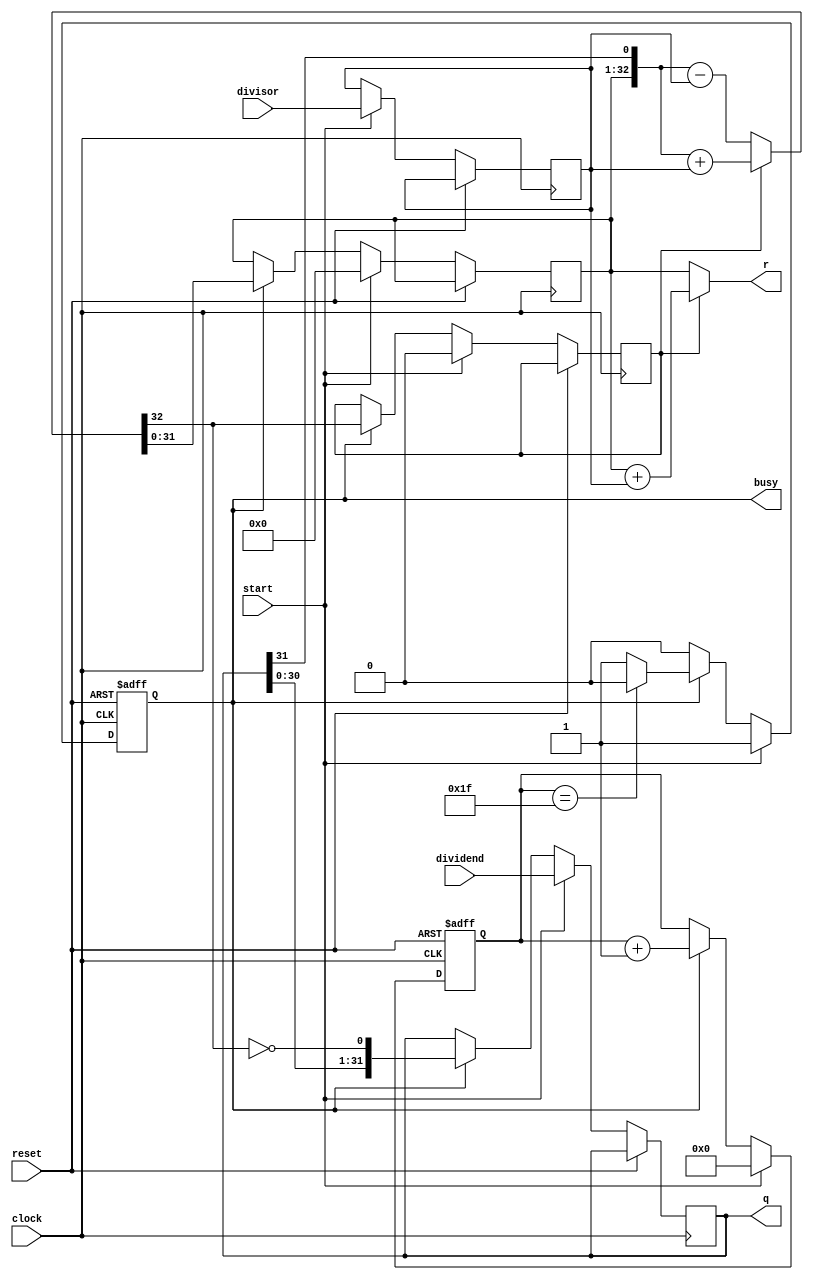
`timescale 1ns / 1ps
//////////////////////////////////////////////////////////////////////////////////
// Company: 
// Engineer: 
// 
// Design Name: 
// Module Name: DIVU_TEMP
// Project Name: 
// Target Devices: 
// Tool Versions: 
// Description: 
// 
// Dependencies: 
// 
// Revision:
// Revision 0.01 - File Created
// Additional Comments:
// 
//////////////////////////////////////////////////////////////////////////////////


module DIVU_TEMP(input [31:0]dividend,
input [31:0]divisor,
input start,
input clock,
input reset,
output [31:0]q,
output [31:0]r,
output reg busy
);
wire ready;
reg [4:0]count;
reg [31:0]reg_q;
reg [31:0]reg_r;
reg [31:0]reg_b;
reg busy2,r_sign;
assign ready=~busy&busy2;
wire [32:0]sub_add=r_sign?({reg_r,q[31]}+{1'b0,reg_b}):({reg_r,q[31]}-{1'b0,reg_b});
assign r=r_sign?reg_r+reg_b:reg_r;
assign q=reg_q;
always @(posedge clock or posedge reset)begin
if(reset==1)begin
count<=5'b0;
busy<=0;
busy2<=0;
end else begin
 busy2<=busy;
 if(start)begin
 reg_r<=32'b0;
 r_sign<=0;
 reg_q<=dividend;
 reg_b<=divisor;
 count<=5'b0;
 busy<=1'b1;
 end else if(busy)begin
 reg_r<=sub_add[31:0];
 r_sign<=sub_add[32];
 reg_q<={reg_q[30:0],~sub_add[32]};
 count<=count+5'b1;
 if(count==5'b11111) busy<=0;
 end
end
end
endmodule